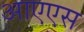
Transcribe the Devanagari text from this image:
आएएस